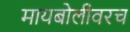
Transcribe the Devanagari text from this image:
मायबोलीवरच